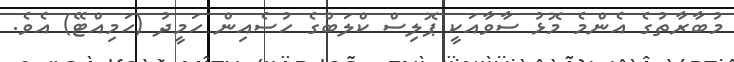
މުބާރާތުގެ އެންމެ މޮޅު ސާވާއަކީ ޕޮލިސް ކްލަބްގެ ހުސެއިން ހަމީދު (ހަމިއްޓޭ) އެވެ.